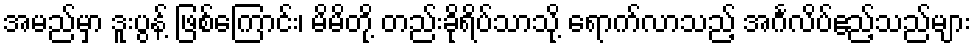
အမည်မှာ ဒူးပွန့် ဖြစ်ကြောင်း၊ မိမိတို့ တည်းခိုရိပ်သာသို့ ရောက်လာသည့် အင်္ဂလိပ်ဧည့်သည်များ